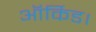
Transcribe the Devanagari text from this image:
ऑर्किड।